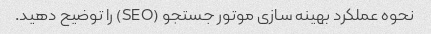
نحوه عملکرد بهینه سازی موتور جستجو (SEO) را توضیح دهید.